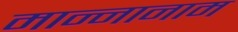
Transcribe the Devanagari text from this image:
मान्नानाम